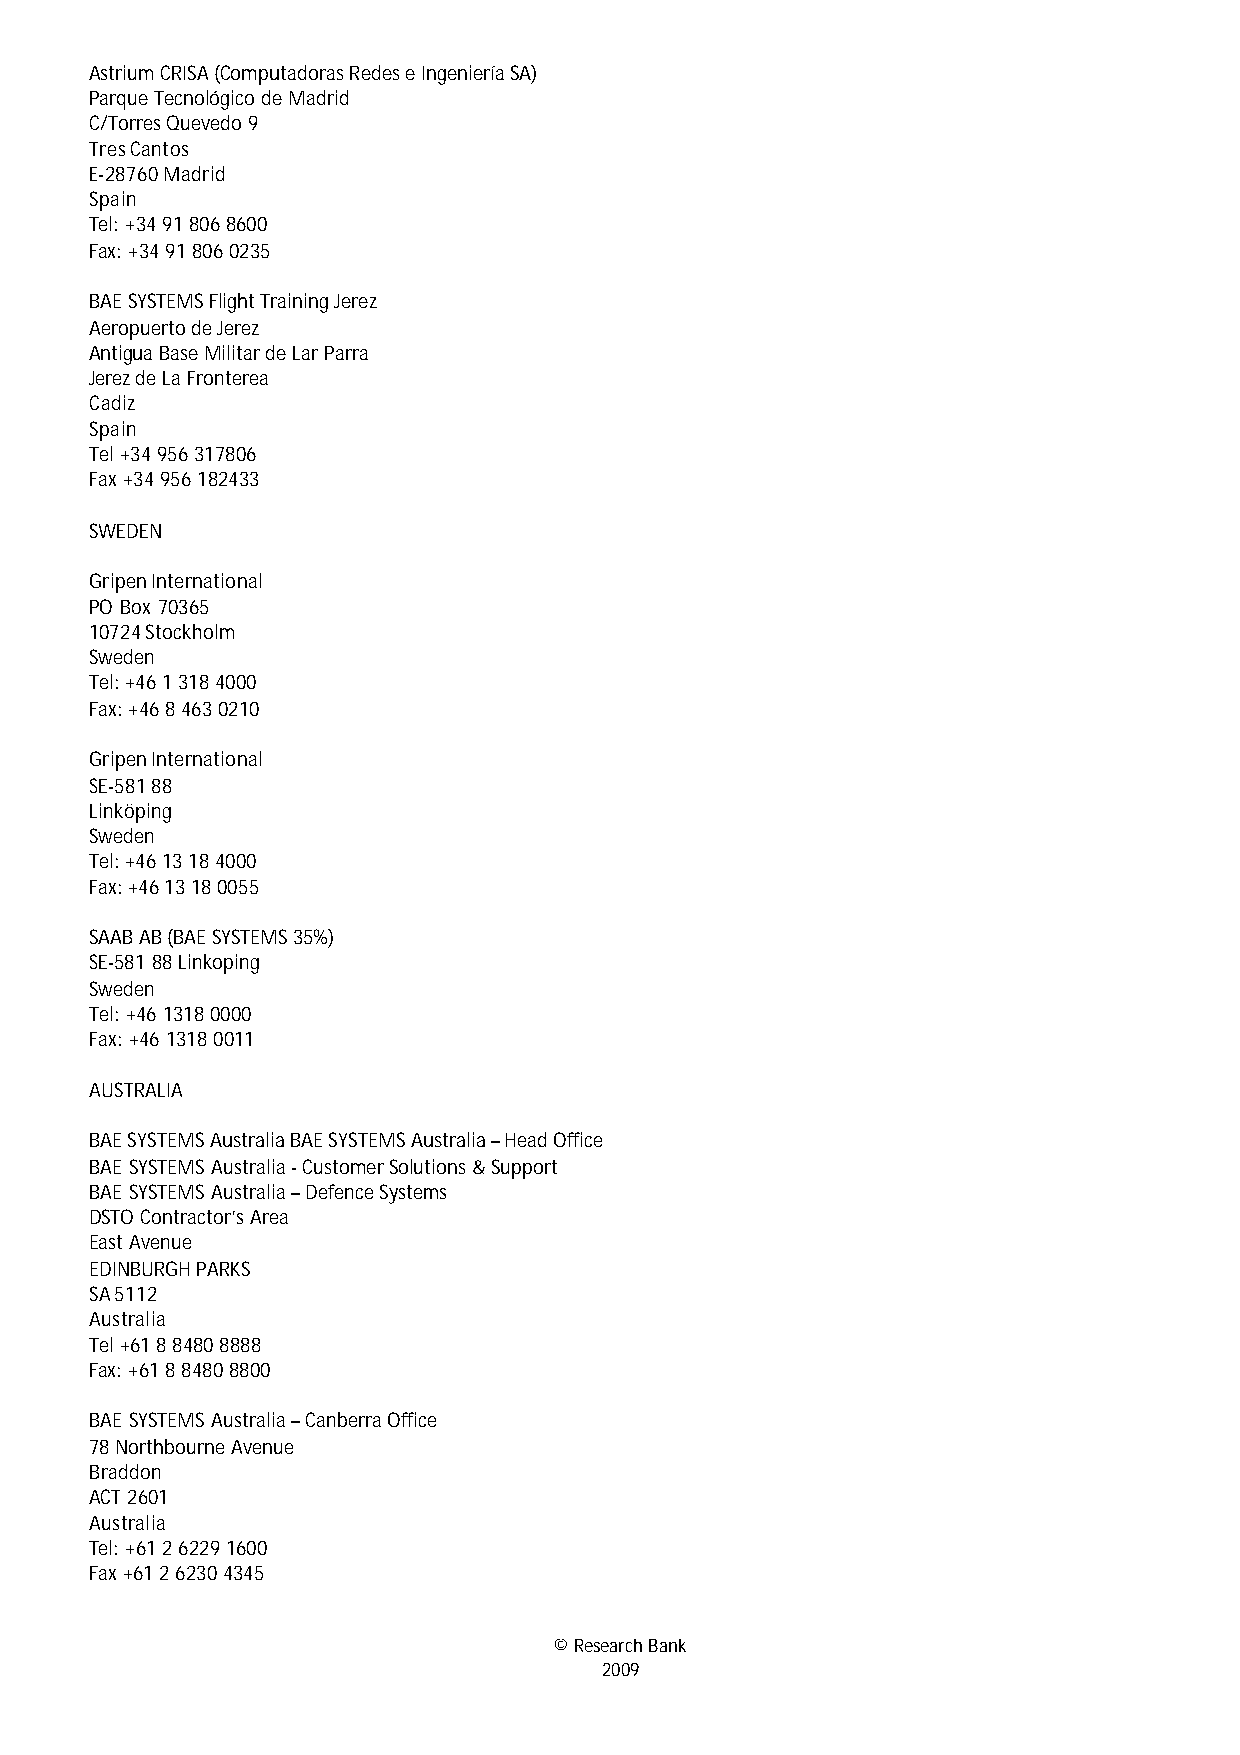
Astrium CRISA (Computadoras Redes e Ingeniería SA)
 Parque Tecnológico de Madrid
 C/Torres Quevedo 9
 Tres Cantos
 E-28760 Madrid
 Spain
 Tel: +34 91 806 8600
 Fax: +34 91 806 0235
 BAE SYSTEMS Flight Training Jerez
 Aeropuerto de Jerez
 Antigua Base Militar de Lar Parra
 Jerez de La Fronterea
 Cadiz
 Spain
 Tel +34 956 317806
 Fax +34 956 182433
 SWEDEN
 Gripen International
 PO Box 70365
 10724 Stockholm
 Sweden
 Tel: +46 1 318 4000
 Fax: +46 8 463 0210
 Gripen International
 SE-581 88
 Linköping
 Sweden
 Tel: +46 13 18 4000
 Fax: +46 13 18 0055
 SAAB AB (BAE SYSTEMS 35%)
 SE-581 88 Linkoping
 Sweden
 Tel: +46 1318 0000
 Fax: +46 1318 0011
 AUSTRALIA
 BAE SYSTEMS Australia BAE SYSTEMS Australia – Head Office
 BAE SYSTEMS Australia - Customer Solutions & Support
 BAE SYSTEMS Australia – Defence Systems
 DSTO Contractor’s Area
 East Avenue
 EDINBURGH PARKS
 SA 5112
 Australia
 Tel +61 8 8480 8888
 Fax: +61 8 8480 8800
 BAE SYSTEMS Australia – Canberra Office
 78 Northbourne Avenue
 Braddon
 ACT 2601
 Australia
 Tel: +61 2 6229 1600
 Fax +61 2 6230 4345
 © Research Bank
 2009